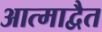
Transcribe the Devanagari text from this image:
आत्माद्वैत